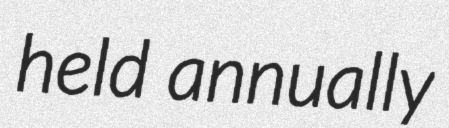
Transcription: held annually